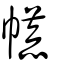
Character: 㡛